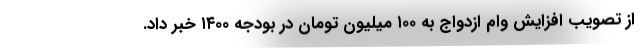
از تصویب افزایش وام ازدواج به ۱۰۰ میلیون تومان در بودجه ۱۴۰۰ خبر داد.